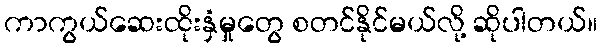
ကာကွယ်ဆေးထိုးနှံမှုတွေ စတင်နိုင်မယ်လို့ ဆိုပါတယ်။